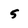
Character: 5